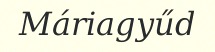
Máriagyűd